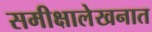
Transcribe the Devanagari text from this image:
समीक्षालेखनात